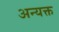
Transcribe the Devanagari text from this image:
अन्यक्त